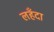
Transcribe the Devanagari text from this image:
लहँदा